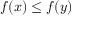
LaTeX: f \! \left( x \right) \leq f \! \left( y \right)